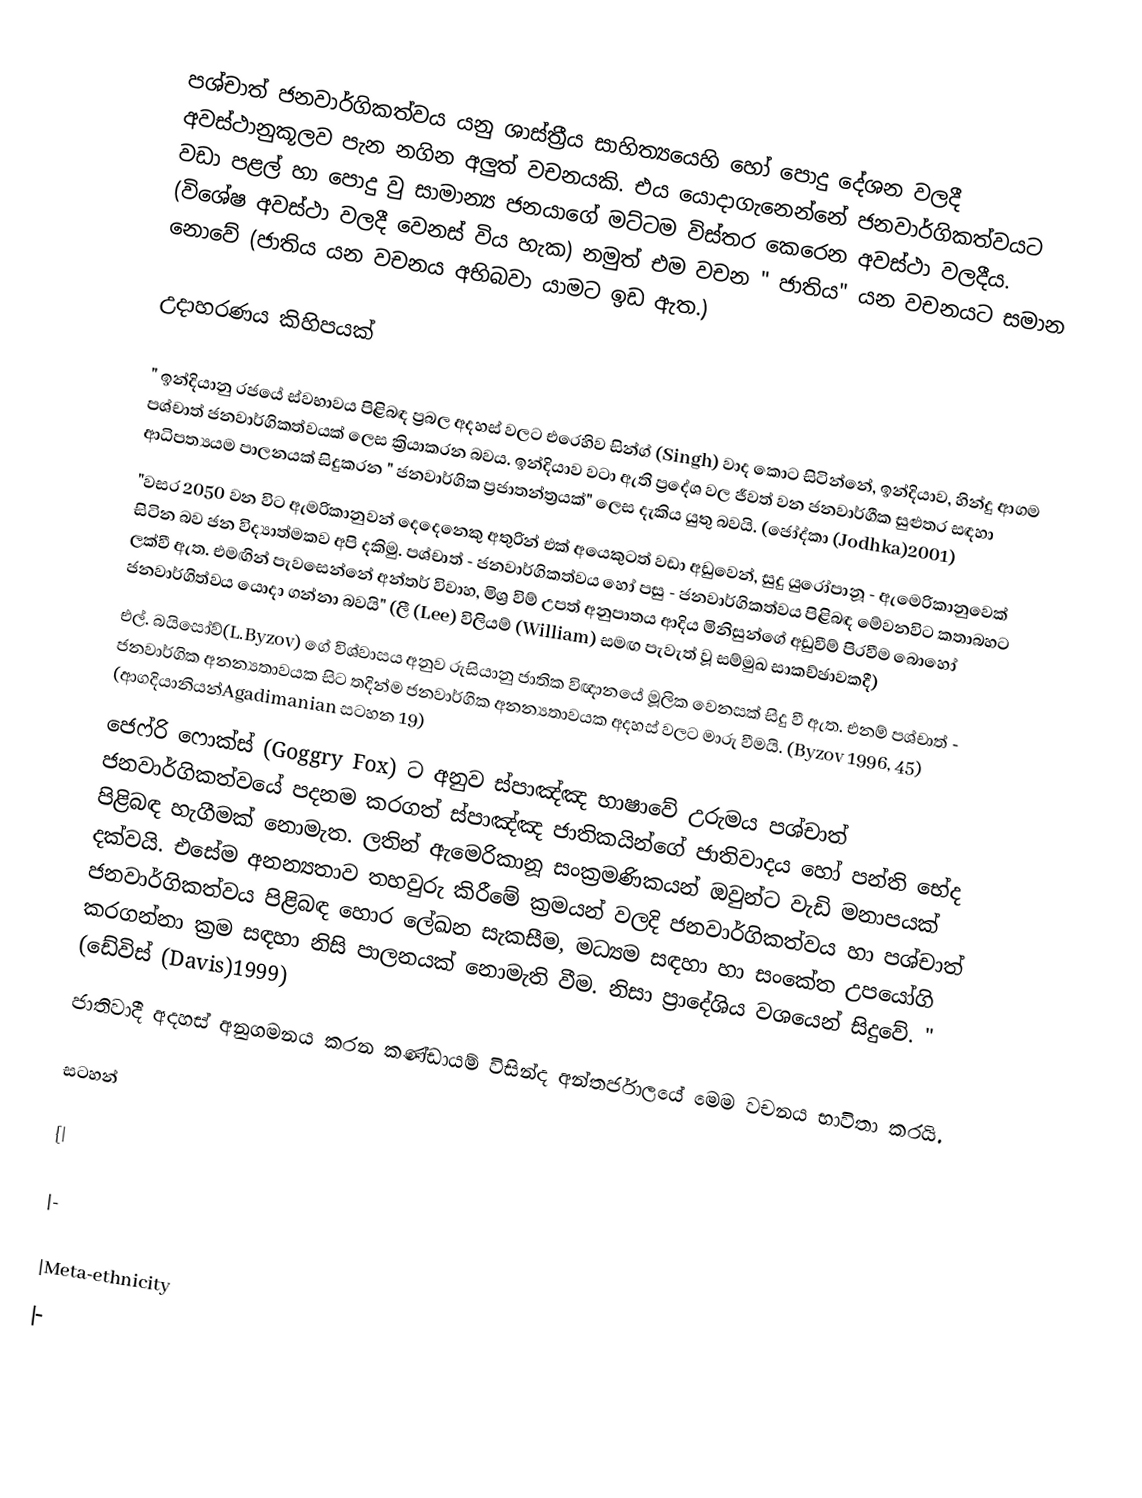
පශ්චාත් ජනවාර්ගිකත්වය යනු ශාස්ත්‍රීය සාහිත්‍යයෙහි හෝ පොදු දේශන වලදී අවස්ථානුකූලව පැන නගින අලුත් වචනයකි. එය යොදාගැනෙන්නේ ජනවාර්ගිකත්වයට වඩා පළල් හා පොදු  වු සාමාන්‍ය ජනයාගේ මට්ටම විස්තර කෙරෙන අවස්ථා වලදීය. (විශේෂ අවස්ථා වලදී වෙනස් විය හැක) නමුත් එම වචන " ජාතිය" යන වචනයට  සමාන නොවේ (ජාතිය යන වචනය අභිබවා යාමට ඉඩ ඇත.)

උදාහරණය කිහිපයක්

	" ඉන්දියානු රජයේ ස්වභාවය පිළිබඳ ප්‍රබල අදහස් වලට එරෙහිව සින්ග් (Singh) වාද කොට සිටින්නේ, ඉන්දියාව, හින්දු ආගම පශ්චාත් ජනවාර්ගිකත්වයක් ලෙස ක්‍රියාකරන  බවය. ඉන්දියාව වටා ඇති ප්‍රදේශ වල ජීවත් වන ජනවාර්ගීක සුළුතර සඳහා ආධිපත්‍යයම පාලනයක් සිදුකරන " ජනවාර්ගික ප්‍රජාතන්ත්‍රයක්" ලෙස දැකිය යුතු බවයි. (ජෝද්කා (Jodhka)2001)
	"වසර 2050 වන විට ඇමරිකානුවන් දෙදෙනෙකු අතුරින් එක් අයෙකුටත් වඩා අඩුවෙන්, සුදු යුරෝපානූ - ඇමෙරිකානුවෙක් සිටින බව ජන විද්‍යාත්මකව අපි දකිමු. පශ්චාත් - ජනවාර්ගිකත්වය හෝ පසු - ජනවාර්ගිකත්වය පිළිබඳ මේවනවිට කතාබහට ලක්වී ඇත. එමඟින් පැවසෙන්නේ අන්තර් විවාහ, මිශ්‍ර විම් උපත් අනුපාතය ආදිය මිනිසුන්ගේ අඩුවීම් පිරවීම බොහෝ ජනවාර්ගිත්වය යොදා ගන්නා බවයි" (ලී (Lee) විලියම් (William) සමඟ පැවැත් වූ සම්මුඛ සාකච්ඡාවකදී)
	එල්. බයිසෝව්(L.Byzov) ගේ විශ්වාසය අනුව රුසියානු ජාතික විඥානයේ මූලික වෙනසක් සිදු වී ඇත. එනම් පශ්චාත් - ජනවාර්ගික අනන්‍යතාවයක සිට තදින්ම ජනවාර්ගික අනන්‍යතාවයක අදහස් වලට මාරු වීමයි. (Byzov 1996, 45) (ආගදියානියන්Agadimanian සටහන 19)
	 ජෙෆ්රි ෆොක්ස් (Goggry Fox) ට අනුව ස්පාඤ්ඤ භාෂාවේ උරුමය පශ්චාත් ජනවාර්ගිකත්වයේ පදනම කරගත් ස්පාඤ්ඤ ජාතිකයින්ගේ ජාතිවාදය හෝ පන්ති භේද පිළිබඳ හැගීමක් නොමැත. ලතින් ඇමෙරිකානූ සංක්‍රමණිකයන් ඔවුන්ට වැඩි මනාපයක් දක්වයි. එසේම අනන්‍යතාව තහවුරු කිරීමේ  ක්‍රමයන් වලදි ජනවාර්ගිකත්වය හා පශ්චාත් ජනවාර්ගිකත්වය පිළිබඳ හොර ලේඛන සැකසීම, මධ්‍යම සඳහා හා සංකේත උපයෝගි කරගන්නා ක්‍රම සඳහා නිසි පාලනයක් නොමැති වීම. නිසා ප්‍රාදේශිය වශයෙන් සිදුවේ. " (ඩේවිස් (Davis)1999)
ජාතිවාදී අදහස් අනුගමනය කරන කණ්ඩායම් විසින්ද අන්තර්ජාලයේ මෙම වචනය භාවිතා කරයි.

සටහන්

{|

|-

|Meta-ethnicity
|-